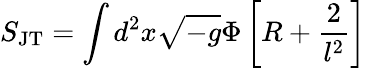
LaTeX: S_{\mathrm{JT}}=\int d^{2}x\sqrt{-g}\Phi\left[R+\frac{2}{l^{2}}\right]